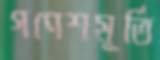
গণেশমূর্তি